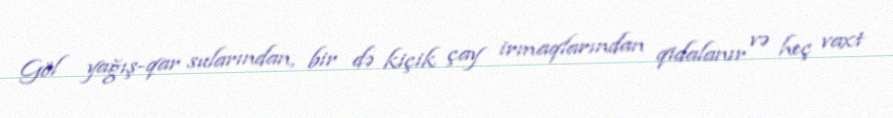
Göl yağış-qar sularından, bir də kiçik çay irmaqlarından qidalanır və heç vaxt